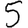
Digit: 5